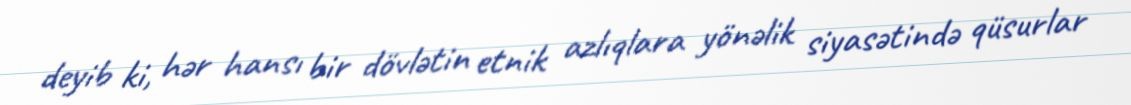
deyib ki, hər hansı bir dövlətin etnik azlıqlara yönəlik siyasətində qüsurlar